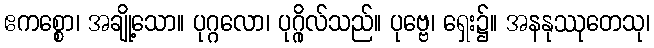
ဧကစ္စော၊ အချို့သော။ ပုဂ္ဂလော၊ ပုဂ္ဂိုလ်သည်။ ပုဗ္ဗေ၊ ရှေး၌။ အနနုဿုတေသု၊